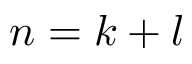
n = k + l